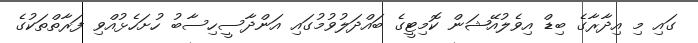
ގައި މި އިދާރާގެ ބިޑް އިވެލުއޭޝަން ކޮމިޓީގެ ބައްދަލުވުމުގައި އަންދާސީހިސާބު ހުށަހެޅުއްވި ފަރާތްތަކުގެ